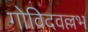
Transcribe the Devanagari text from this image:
गोविदवल्लभ